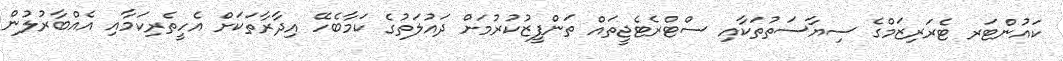
ކައުންޓަރ ޓެރަރިޒަމްގެ ސިޔާސަތުތަކާއި ސްޓްރެޓެޖީތައް ތަންފީޒުކުރުމަށް ދައުލަތުގެ ކަމާބެހޭ އިދާރާތަކަށް އެހީތެރިކަމާއި އެއްބާރުލުން